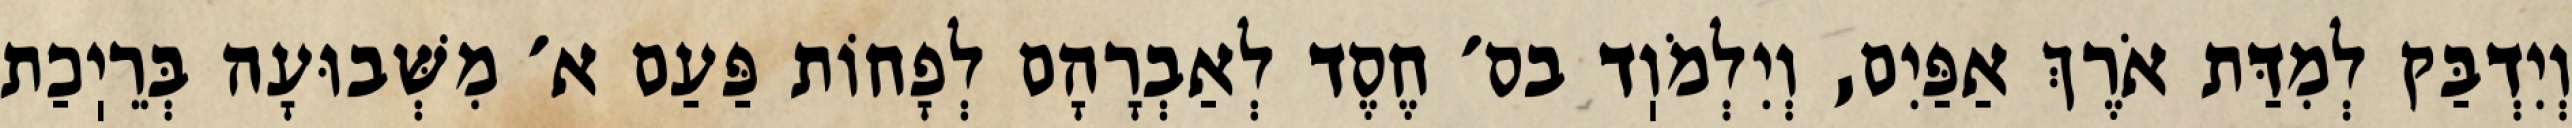
וְיִדְבַּק לְמִדַּת אֹרֶךְ אַפַּיִם, וְיִלְמֹוֽד בס׳ חֶסֶד לְאַבְרָהָם לְפָחוֹת פַּעַם א׳ מִשְּׁבוּעָה בְּרֵיֽכַת